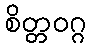
စိတ္တဝဂ္ဂ